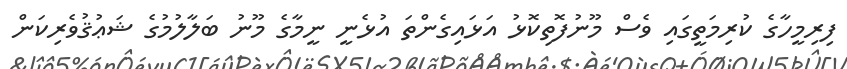
ފިރިމީހާގެ ކުރިމަތީގައި ވެސް މޫނުފޮތިކޮޅު އަޅައިގެންތަ އުޅެނީ ނީމާގެ މޫނު ބަލާލުމުގެ ޝަޢުޤުވެރިކަން